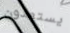
يستعدون